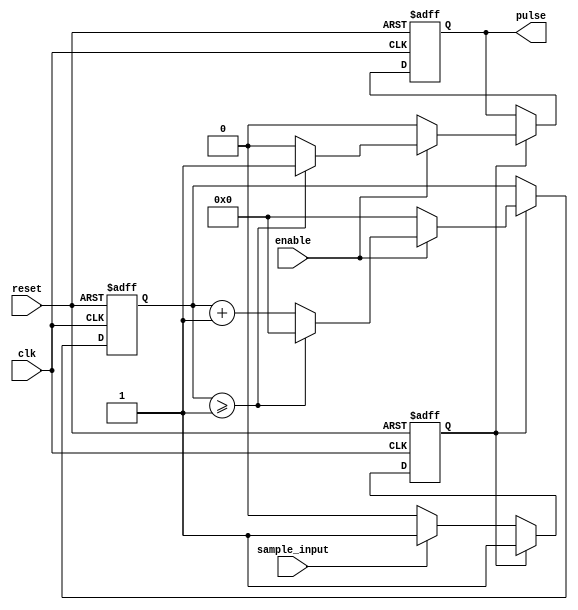
module VariablePulseWidthGenerator(
  input wire clk,
  input wire reset,
  input wire enable,
  input wire sample_input,
  output reg pulse
);

reg [7:0] count;
reg sync_flag;

always @ (posedge clk or posedge reset) begin
  if (reset) begin
    count <= 8'b0;
    sync_flag <= 1'b0;
    pulse <= 1'b0;
  end else begin
    if (sync_flag) begin
      if (enable) begin
        if (count >= 8'b00000001) begin
          count <= 8'b0;
          pulse <= 1'b1;
        end else begin
          count <= count + 1;
          pulse <= 1'b0;
        end
      end else begin
        count <= 8'b0;
        pulse <= 1'b0;
      end
    end else begin
      if (sample_input) begin
        sync_flag <= 1'b1;
      end else begin
        sync_flag <= 1'b0;
      end
    end
  end
end

endmodule